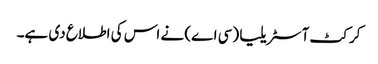
کرکٹ آسٹریلیا (سی اے) نے اس کی اطلاع دی ہے۔